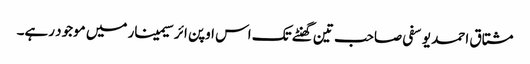
مشتاق احمد یوسفی صاحب تین گھنٹے تک اس اوپن ائر سیمینار میں موجود رہے۔